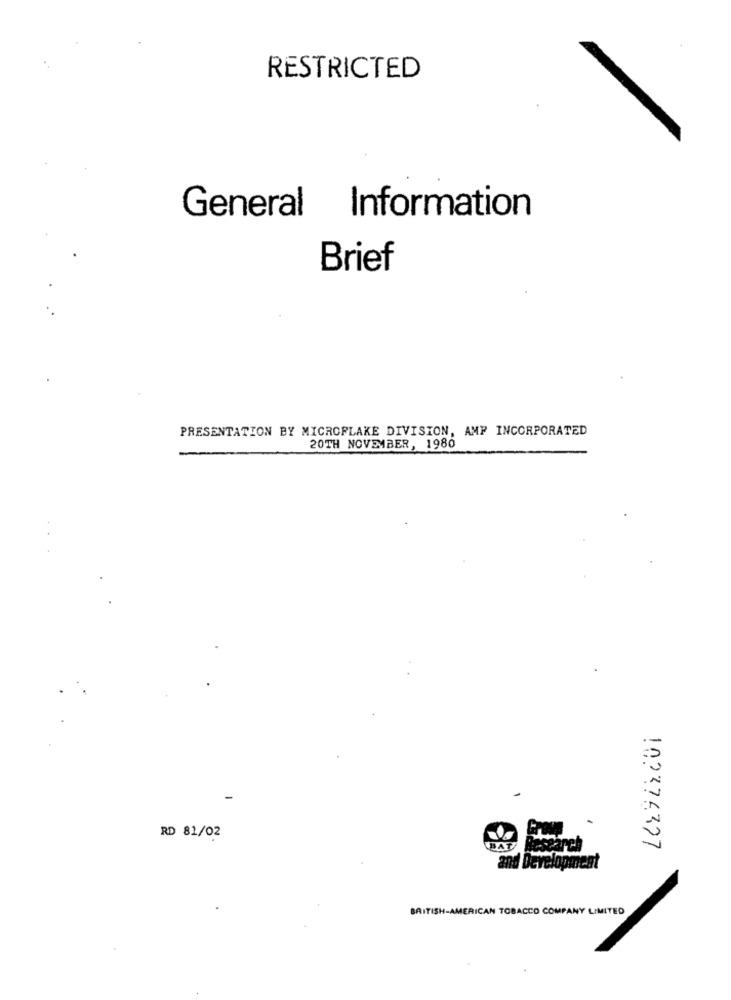
RESTRICTED
General Information
Brief
PRESENTATION BY MICROFLAKE DIVISION, AMP INCORPORATED
20TH NOVEMBER, 1980
-
RD 81/02
DAT
102376327
BRITISH-AMERICAN TOBACCO COMPANY LIMITED